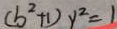
( b ^ { 2 } + 1 ) y ^ { 2 } = 1